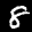
Label: 8